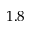
1 . 8